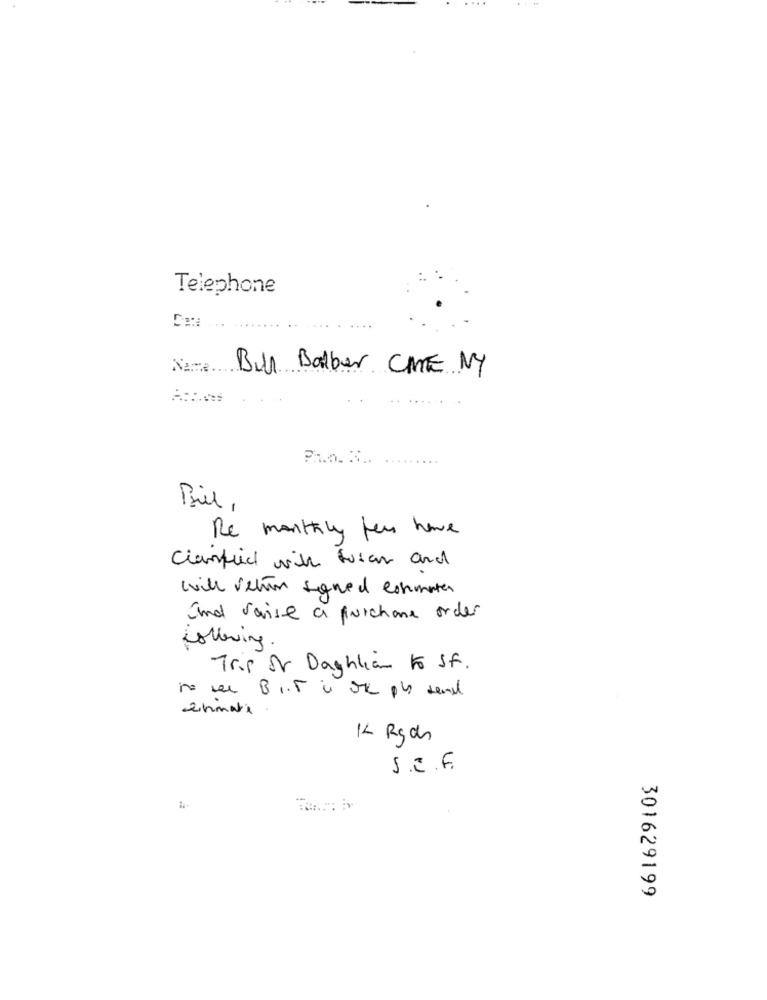
Telephone
Name.
Bull Barber CHE NY
Ph.o. S ..
Bill ,
Re monthly fer have
Clarified with fusar and
will vetin signed conmater
and varise a purchase order
following
Trip Ar Daghliam to Sf.
no ver BIT à one ply send
1L Rgds
301629199